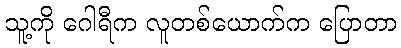
သူ့ကို ဂေါရီက လူတစ်ယောက်က ပြောတာ